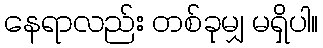
နေရာလည်း တစ်ခုမျှ မရှိပါ။